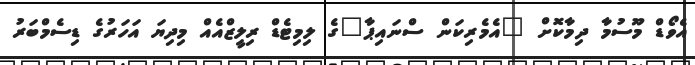
އެވޯޑް މޫސުމާ ދިމާކޮށް "އެމެރިކަން ސްނައިޕާ"ގެ ލިމިޓެޑް ރިލީޒްއެއް މިދިޔަ އަހަރުގެ ޑިސެމްބަރު